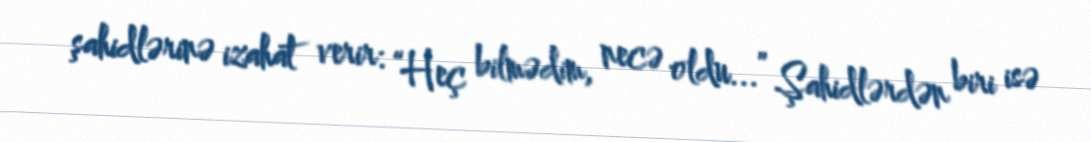
şahidlərinə izahat verir: “Heç bilmədim, necə oldu...” Şahidlərdən biri isə